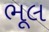
ભૂલ